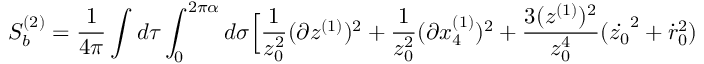
S _ { b } ^ { ( 2 ) } = { \frac { 1 } { 4 \pi } } \int d \tau \int _ { 0 } ^ { 2 \pi \alpha } d \sigma \Big [ { \frac { 1 } { z _ { 0 } ^ { 2 } } } ( \partial z ^ { ( 1 ) } ) ^ { 2 } + { \frac { 1 } { z _ { 0 } ^ { 2 } } } ( \partial x _ { 4 } ^ { ( 1 ) } ) ^ { 2 } + { \frac { 3 ( z ^ { ( 1 ) } ) ^ { 2 } } { z _ { 0 } ^ { 4 } } } ( \dot { z _ { 0 } } ^ { 2 } + \dot { r } _ { 0 } ^ { 2 } )